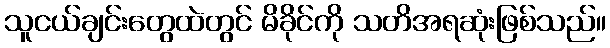
သူငယ်ချင်းတွေထဲတွင် မိခိုင်ကို သတိအရဆုံးဖြစ်သည်။